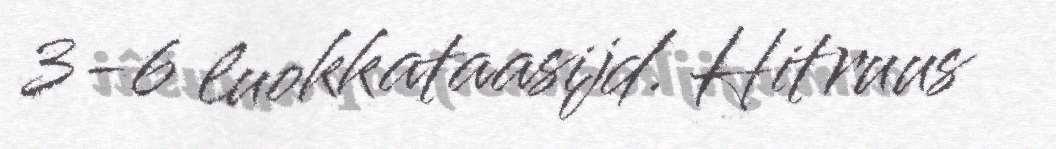
3-6 luokkataasijd. Hitruus